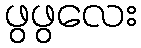
ဖွဖွလေး